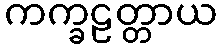
ကက္ခဠတ္တာယ